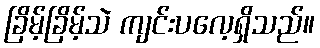
ခြိမ့်ခြိမ့်သဲ ကျင်းပလေ့ရှိသည်။